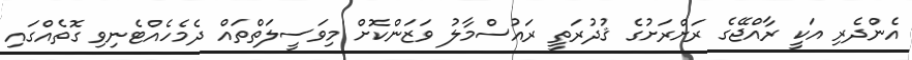
އެންދެރި އަކީ ރާއްޖޭގެ ރަށްރަށުގެ ޤުދުރަތީ ރައުސްމާލު ވަޒަންކޮށް މިވަސީލަތްތައް ދެމެހެއްޓެނިވި ގޮތެއްގައި